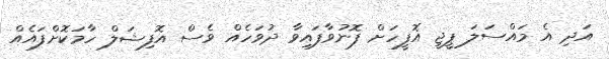
އަދި އެ މައްސަލަ ޕީޖީ އޮފީހަށް ފޮނުވާފައިވާ ދުވަހެއް ވެސް އޮފިޝަލް ހާމަކޮށްފައެއް